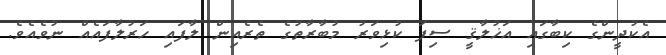
އެކުދީންގެ ކިބާގައި އަޚުލާޤީ ސިފަ ކުޅިވަރު މުބާރާތުގެ ތެރެއިން ލާފައި ހަރުލާފައެއް ނުވެއެވެ.